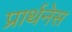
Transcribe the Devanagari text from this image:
प्रार्थनेस